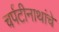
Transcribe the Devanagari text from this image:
चर्पटीनाथांचे